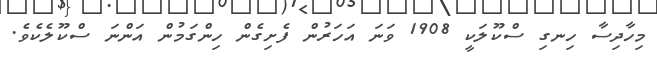
މިހާދިސާ ހިނގި ސްކޫލަކީ 1908 ވަނަ އަހަރުން ފެށިގެން ހިންގަމުން އަންނަ ސްކޫލެކެވެ.